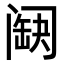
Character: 𨸊